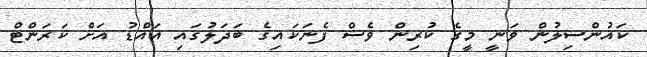
ކައުންސިލުން ވަނީ މީގެ ކުރިން ވެސް ފެނަކައިގެ ބަދަލުގައި އައްޑު އަށް ކަރަންޓް